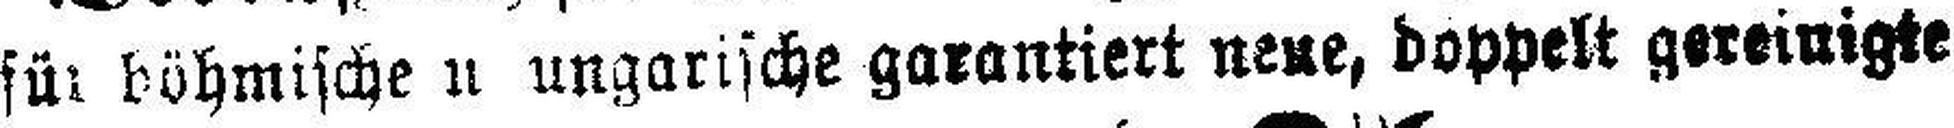
für böhmische n ungarische garantiert neue, doppelt gereinigte